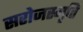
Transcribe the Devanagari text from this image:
सरोजस्मृति